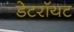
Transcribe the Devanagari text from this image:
डेटरॉयट